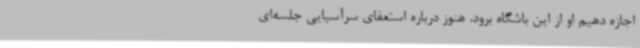
اجازه دهیم او از این باشگاه برود. هنوز درباره استعفای سرآسیایی جلسه‌ای